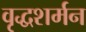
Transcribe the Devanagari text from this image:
वृद्धशर्मन